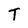
Character: T